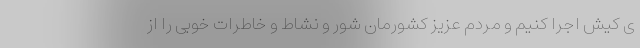
ی کیش اجرا کنیم و مردم عزیز کشورمان شور و نشاط و خاطرات خوبی را از